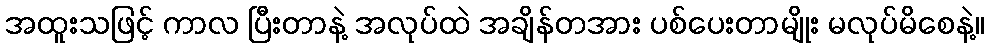
အထူးသဖြင့် ကာလ ပြီးတာနဲ့ အလုပ်ထဲ အချိန်တအား ပစ်ပေးတာမျိုး မလုပ်မိစေနဲ့။